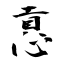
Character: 慐